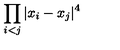
\displaystyle { \prod _ { i < j } | x _ { i } - x _ { j } | ^ { 4 } }